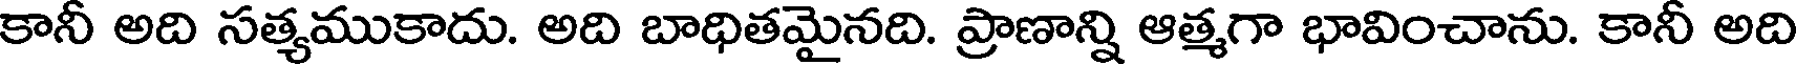
కానీ అది సత్యముకాదు. అది బాధితమైనది. ప్రాణాన్ని ఆత్మగా భావించాను. కానీ అది